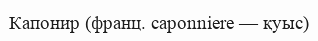
Капонир (франц. caponniere — қуыс)